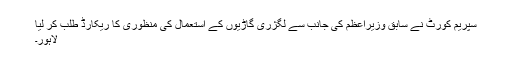
سپریم کورٹ نے سابق وزیراعظم کی جانب سے لگژری گاڑیوں کے استعمال کی منظوری کا ریکارڈ طلب کر لیا
لاہور۔